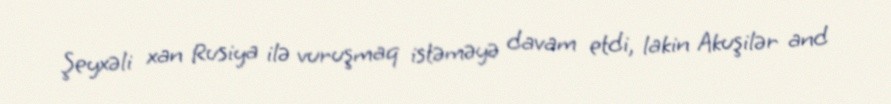
Şeyxəli xan Rusiya ilə vuruşmaq istəməyə davam etdi, lakin Akuşilər and